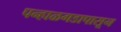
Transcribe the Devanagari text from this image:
पन्हाळगडापासून